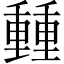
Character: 𨤶